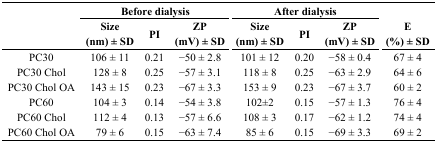
<table><thead><tr><td></td><td colspan="3"><b>Before dialysis</b></td><td colspan="3"><b>After dialysis</b></td><td></td></tr><tr><td></td><td><b>Size (nm) ± SD</b></td><td><b>PI</b></td><td><b>ZP (mV) ± SD</b></td><td><b>Size (nm) ± SD</b></td><td><b>PI</b></td><td><b>ZP (mV) ± SD</b></td><td><b>E (%) ± SD</b></td></tr></thead><tbody><tr><td>PC30</td><td>106 ± 11</td><td>0.21</td><td>−50 ± 2.8</td><td>101 ± 12</td><td>0.20</td><td>−58 ± 0.4</td><td>67 ± 4</td></tr><tr><td>PC30 Chol</td><td>128 ± 8</td><td>0.25</td><td>−57 ± 3.1</td><td>118 ± 8</td><td>0.25</td><td>−63 ± 2.9</td><td>64 ± 6</td></tr><tr><td>PC30 Chol OA</td><td>143 ± 15</td><td>0.23</td><td>−67 ± 3.3</td><td>153 ± 9</td><td>0.23</td><td>−67 ± 3.7</td><td>60 ± 2</td></tr><tr><td>PC60</td><td>104 ± 3</td><td>0.14</td><td>−54 ± 3.8</td><td>102±2</td><td>0.15</td><td>−57 ± 1.3</td><td>76 ± 4</td></tr><tr><td>PC60 Chol</td><td>112 ± 4</td><td>0.13</td><td>−57 ± 6.6</td><td>108 ± 3</td><td>0.17</td><td>−62 ± 1.2</td><td>74 ± 4</td></tr><tr><td>PC60 Chol OA</td><td>79 ± 6</td><td>0.15</td><td>−63 ± 7.4</td><td>85 ± 6</td><td>0.15</td><td>−69 ± 3.3</td><td>69 ± 2</td></tr></tbody></table>